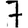
Digit: 7